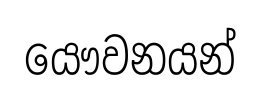
යෞවනයන්